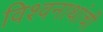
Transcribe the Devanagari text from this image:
विश्वनाथांची